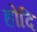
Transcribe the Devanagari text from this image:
होदि